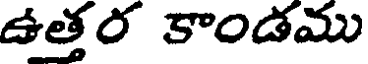
ఉత్తర కాండము